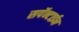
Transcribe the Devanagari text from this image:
सर्पेन्टाईन